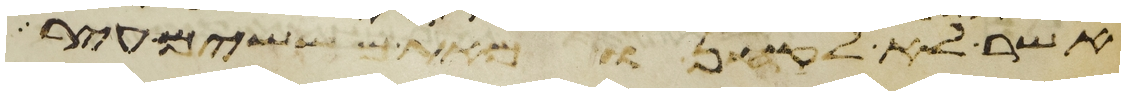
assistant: אשר לא לקחנו מאתם ששים עיר